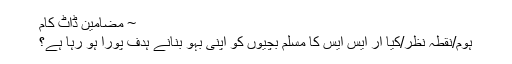
~ مضامین ڈاٹ کام
ہوم/نقطہ نظر/کیا آر ایس ایس کا مسلم بچیوں کو اپنی بہو بنانے ہدف پورا ہو رہا ہے؟